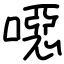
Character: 噁